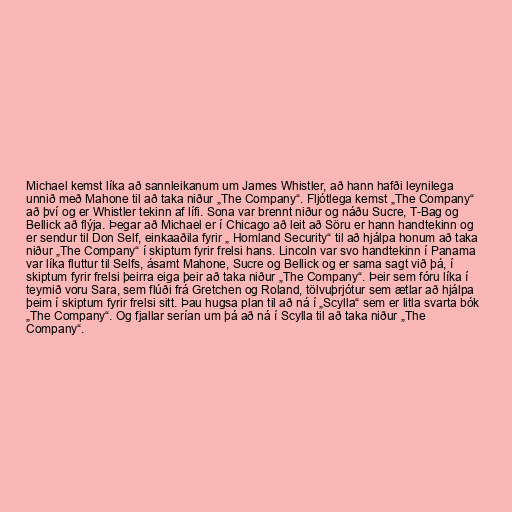
Michael kemst líka að sannleikanum um James Whistler, að hann hafði leynilega
unnið með Mahone til að taka niður „The Company“. Fljótlega kemst „The Company“
að því og er Whistler tekinn af lífi. Sona var brennt niður og náðu Sucre, T-Bag og
Bellick að flýja. Þegar að Michael er í Chicago að leit að Söru er hann handtekinn og
er sendur til Don Self, einkaaðila fyrir „ Homland Security“ til að hjálpa honum að taka
niður „The Company“ í skiptum fyrir frelsi hans. Lincoln var svo handtekinn í Panama
var líka fluttur til Selfs, ásamt Mahone, Sucre og Bellick og er sama sagt við þá, í
skiptum fyrir frelsi þeirra eiga þeir að taka niður „The Company“. Þeir sem fóru líka í
teymið voru Sara, sem flúði frá Gretchen og Roland, tölvuþrjótur sem ætlar að hjálpa
þeim í skiptum fyrir frelsi sitt. Þau hugsa plan til að ná í „Scylla“ sem er litla svarta bók
„The Company“. Og fjallar serían um þá að ná í Scylla til að taka niður „The
Company“.